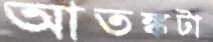
আতঙ্কটা